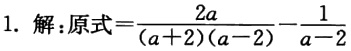
1. 解：原式$=\frac{2a}{(a + 2)(a - 2)}-\frac{1}{a - 2}$